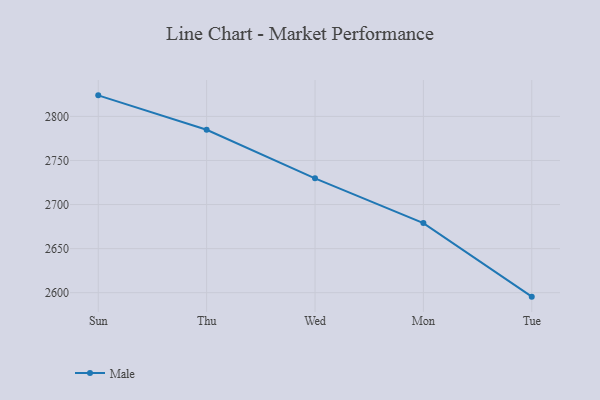
{"axis": {"x": "Day", "y": "Churn Rate (%)"}, "legend": ["Male"], "data": [{"x": "Sun", "y": 2823.9, "type": "Male"}, {"x": "Thu", "y": 2784.8, "type": "Male"}, {"x": "Wed", "y": 2729.7, "type": "Male"}, {"x": "Mon", "y": 2679.0, "type": "Male"}, {"x": "Tue", "y": 2595.5, "type": "Male"}]}